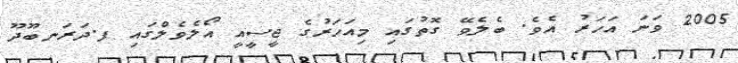
2005 ވަނަ އަހަރު އެވެ. ބެލެވޭ ގޮތުގައި މިއަހަރުގެ ޖީސީއީ އޯލެވެލްގައި ފ.ދަރަނބޫދޫ